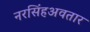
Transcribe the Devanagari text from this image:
नरसिंहअवतार